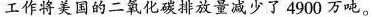
工作将美国的二氧化碳排放量减少了4900万吨。